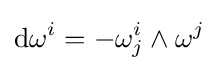
\mathrm {d} \omega ^{i}=-\omega _{j}^{i}\wedge \omega ^{j}